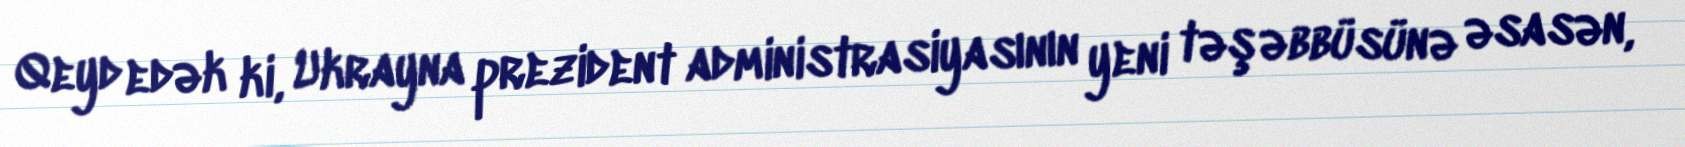
Qeyd edək ki, Ukrayna prezident administrasiyasının yeni təşəbbüsünə əsasən,